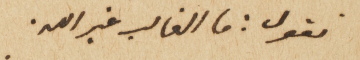
نقول: ما الغالب غير الله.